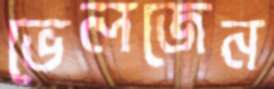
ভেলজেন